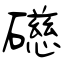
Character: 礠